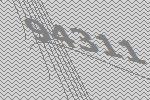
94311